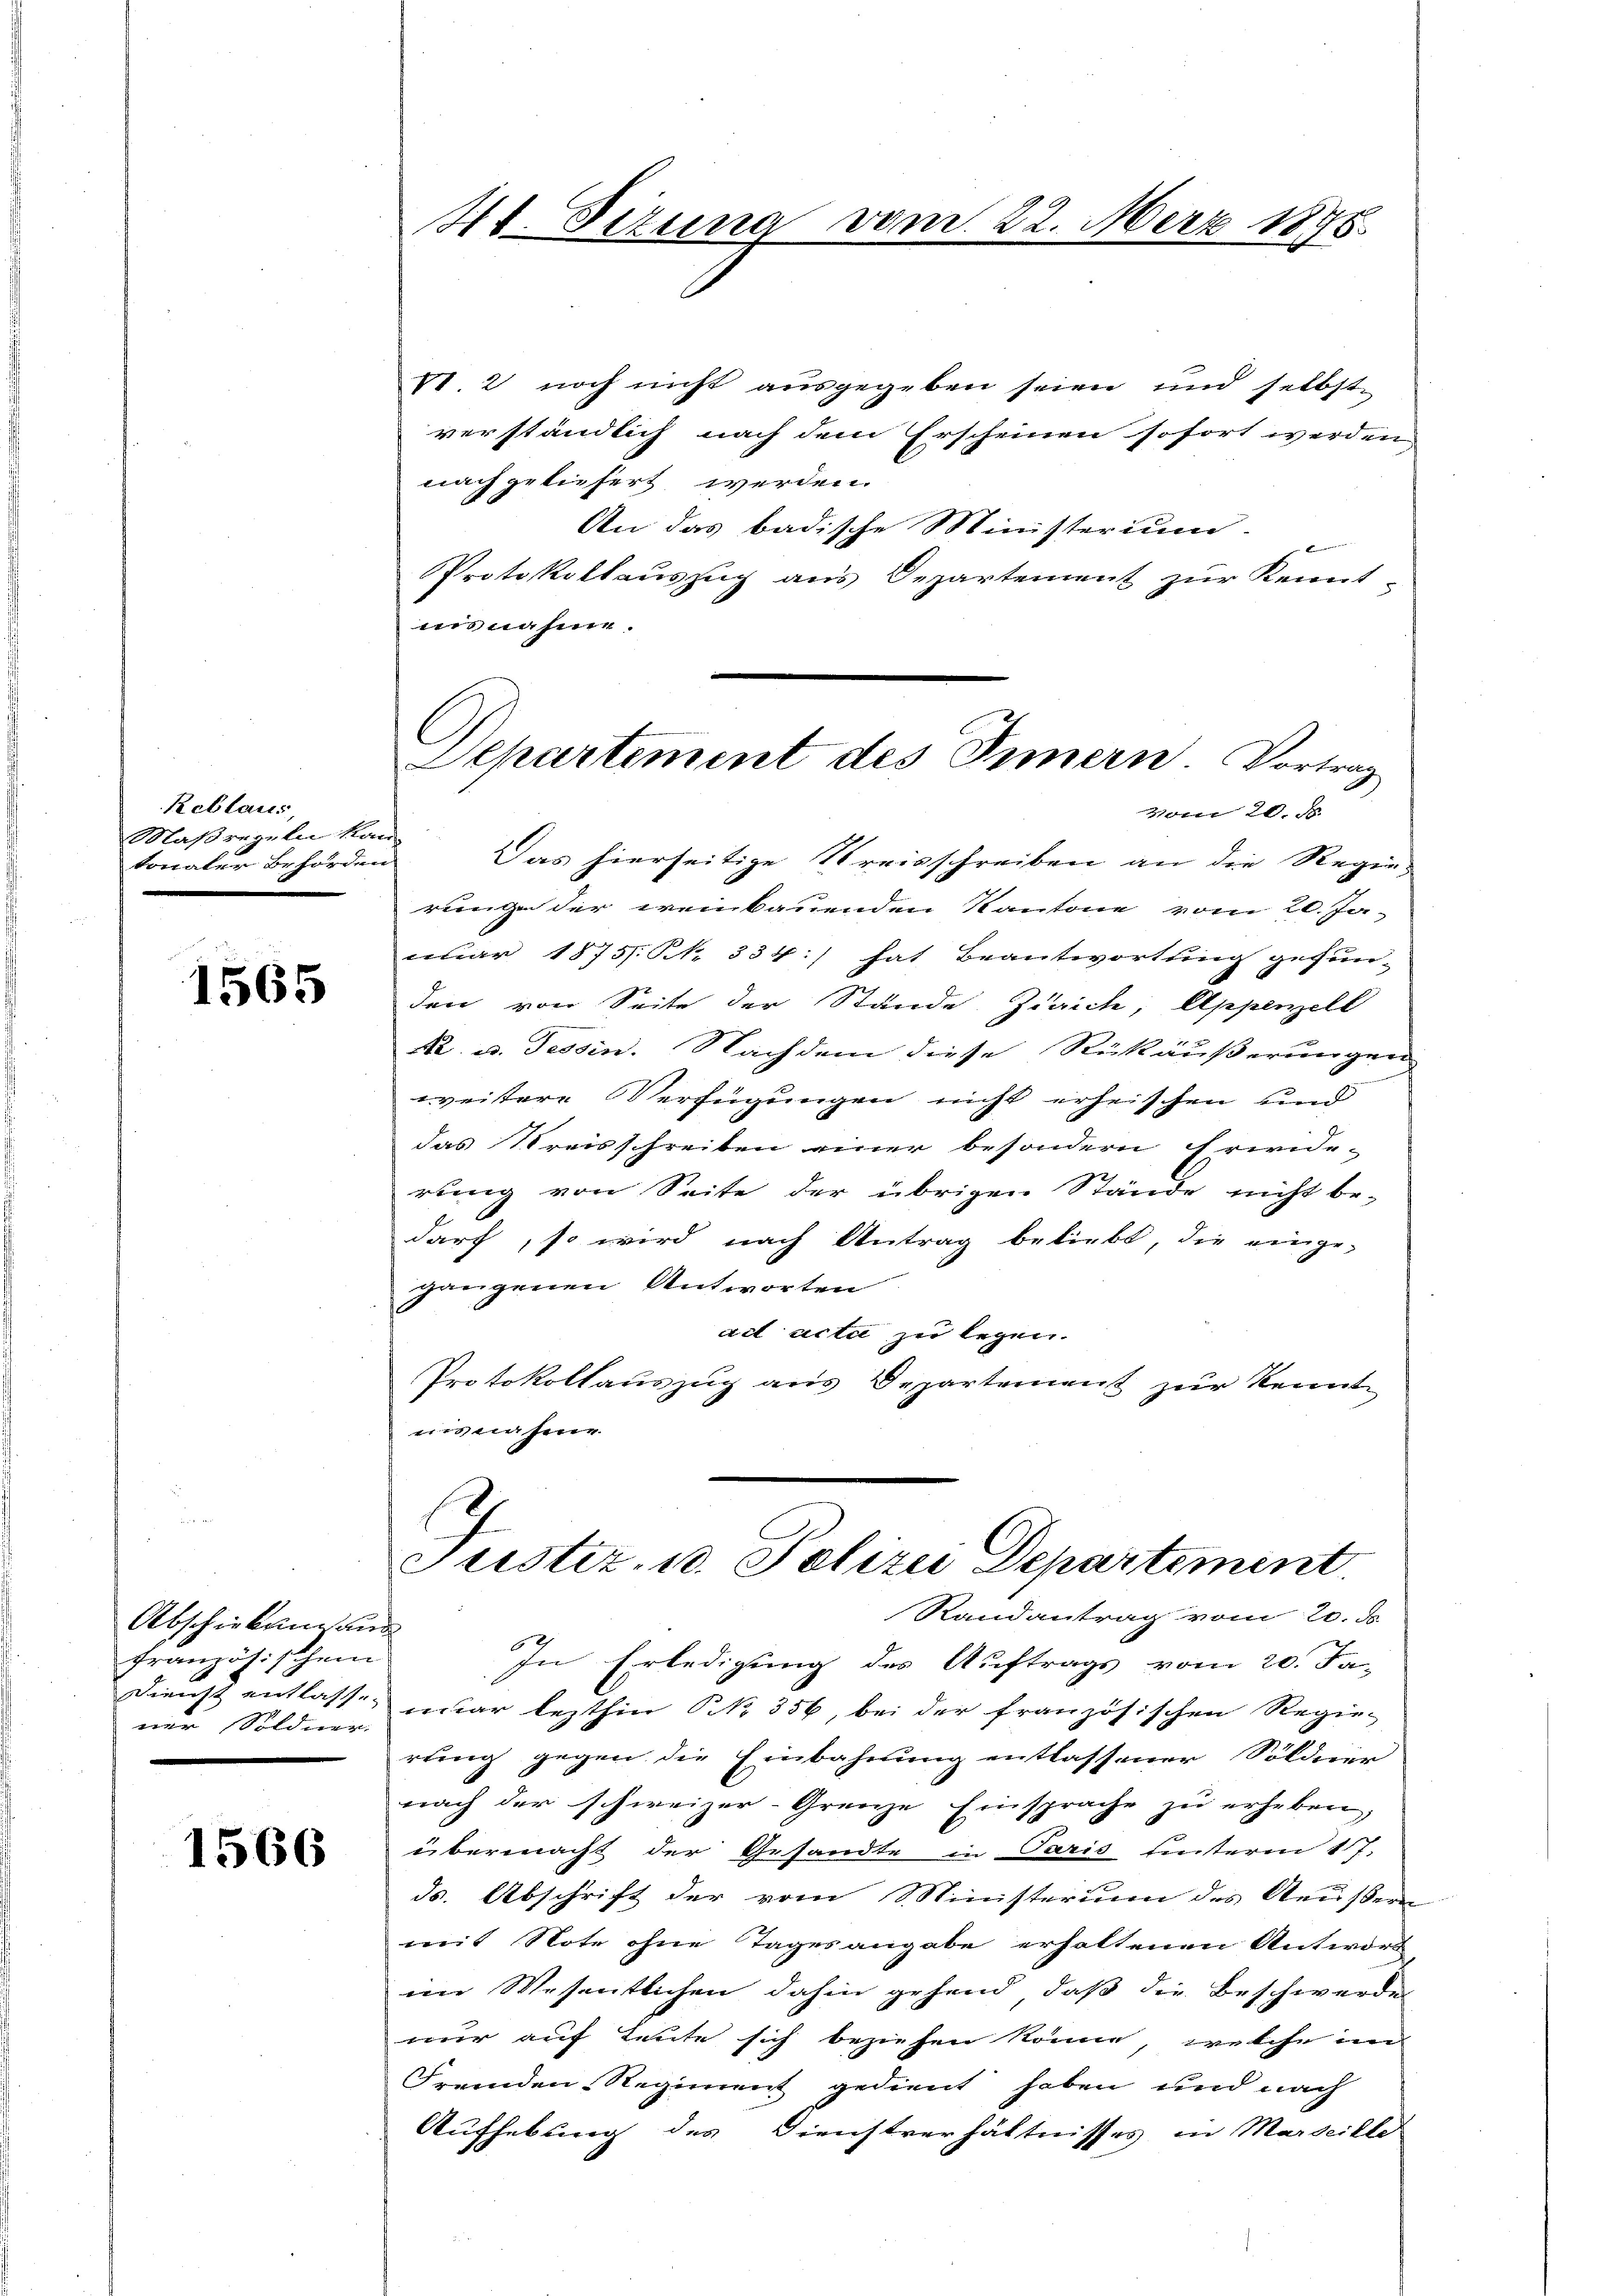
Reblaus,
Maßregeln kan
tonaler Behörden

1565

Abschiebung an
französischen
ner Söldner.
e

1566

V. 2 noch nicht ausgegeben seien und selbst
verständlich nach dem Erscheinen sofort werden,
nach geliefert werden.
An das badische Ministerium.
 Eigen
Protokollauszug aus Departement zur Kennt-
insnahme.
Das hierseitige Kreisschreiben an die Regie-
rung der ereinbauenden Kantone vom 20. Ja-
nuar 1875. §. 334:) hat Beantwortung gefun-
den von Seite der Stände Zürich, Appenzell
A. u. Tessin. Nachdem diese Rückäußerungen
weitere Verfügungen nicht erheischen und
das Kreisschreiben einer besondern Erwide-
rung von Seite der übrigen Stände nicht be-
darf, so wird nach Antrag beliebt, die einge-
gangenen Antworten
ait acta zu legen.
Protokollauszug aus Departement zur Kennt
esnahme.

4t. Situng vom 22. März 1898.

Departement des Innern. Vortrag
Vom 20. d.

Justiz, u. Polizei Departement.

Randantrag vom 20. d.
In Erledigung des Auftrags vom 20. Ja-
Dienst entlasse, war lezthin No. 356, bei der französischen Regie-
rung gegen die Einbahnung entlassener Söldner
nach der schweizer-Grenze Einsprache zŭ erheben,
übermacht der Gesandte in Paris unterm 17.
ds. Abschrift der vom Ministerium des Aeußern
mit Note ohne Tagesangabe erhaltenen Antwort
im Wesentlichen dahin gehend, daß die Beschwerde
nur auf Leute sich beziehen könne, welche in
Fremden-Regiment gedient haben und nach
Aufhebung des Dienstverhältnisses in Marseille